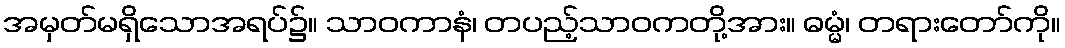
အမှတ်မရှိသောအရပ်၌။ သာဝကာနံ၊ တပည့်သာဝကတို့အား။ ဓမ္မံ၊ တရားတော်ကို။